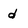
Character: d